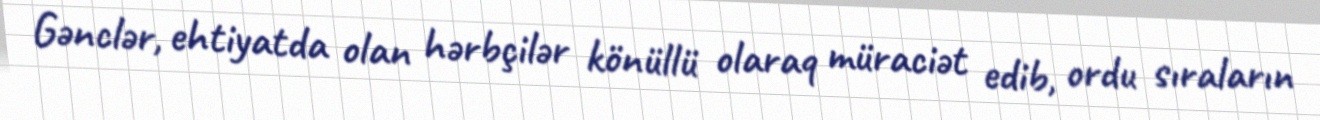
Gənclər, ehtiyatda olan hərbçilər könüllü olaraq müraciət edib, ordu sıraların